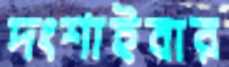
দংশাইবার